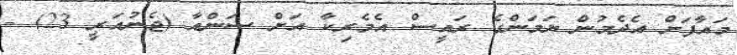
މައާފަށް އެދެމުން ޔަމަންގެ ރައީސް އެމެރިކާ އަށް ސަންއާ (ޖެނުއަރީ 23) -